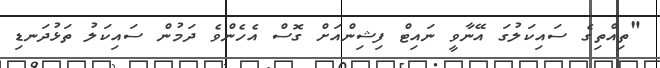
"ތިއްތިގެ ސައިކަލުގަ އޭނާވީ ނައިޓް ފިޝިންއަށް ގޮސް އެހެންވެ ދަމުން ސައިކަލު ތަޅުދަނޑި